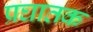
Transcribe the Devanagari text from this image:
प्रघातक